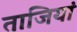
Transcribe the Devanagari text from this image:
ताजियां